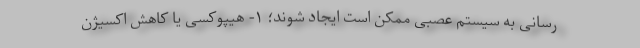
رسانی به سیستم عصبی ممکن است ایجاد شوند؛ ۱- هیپوکسی یا کاهش اکسیژن